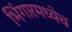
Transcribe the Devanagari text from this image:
भिंगारमध्येच